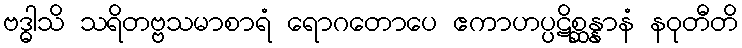
ဗဒ္ဓါသိ သရိတဗ္ဗသမာစာရံ ရောဂတောပေ ဧကာဟပ္ပဋိစ္ဆန္နာနံ နဝုတီတိ